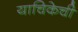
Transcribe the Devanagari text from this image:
याचिकेची